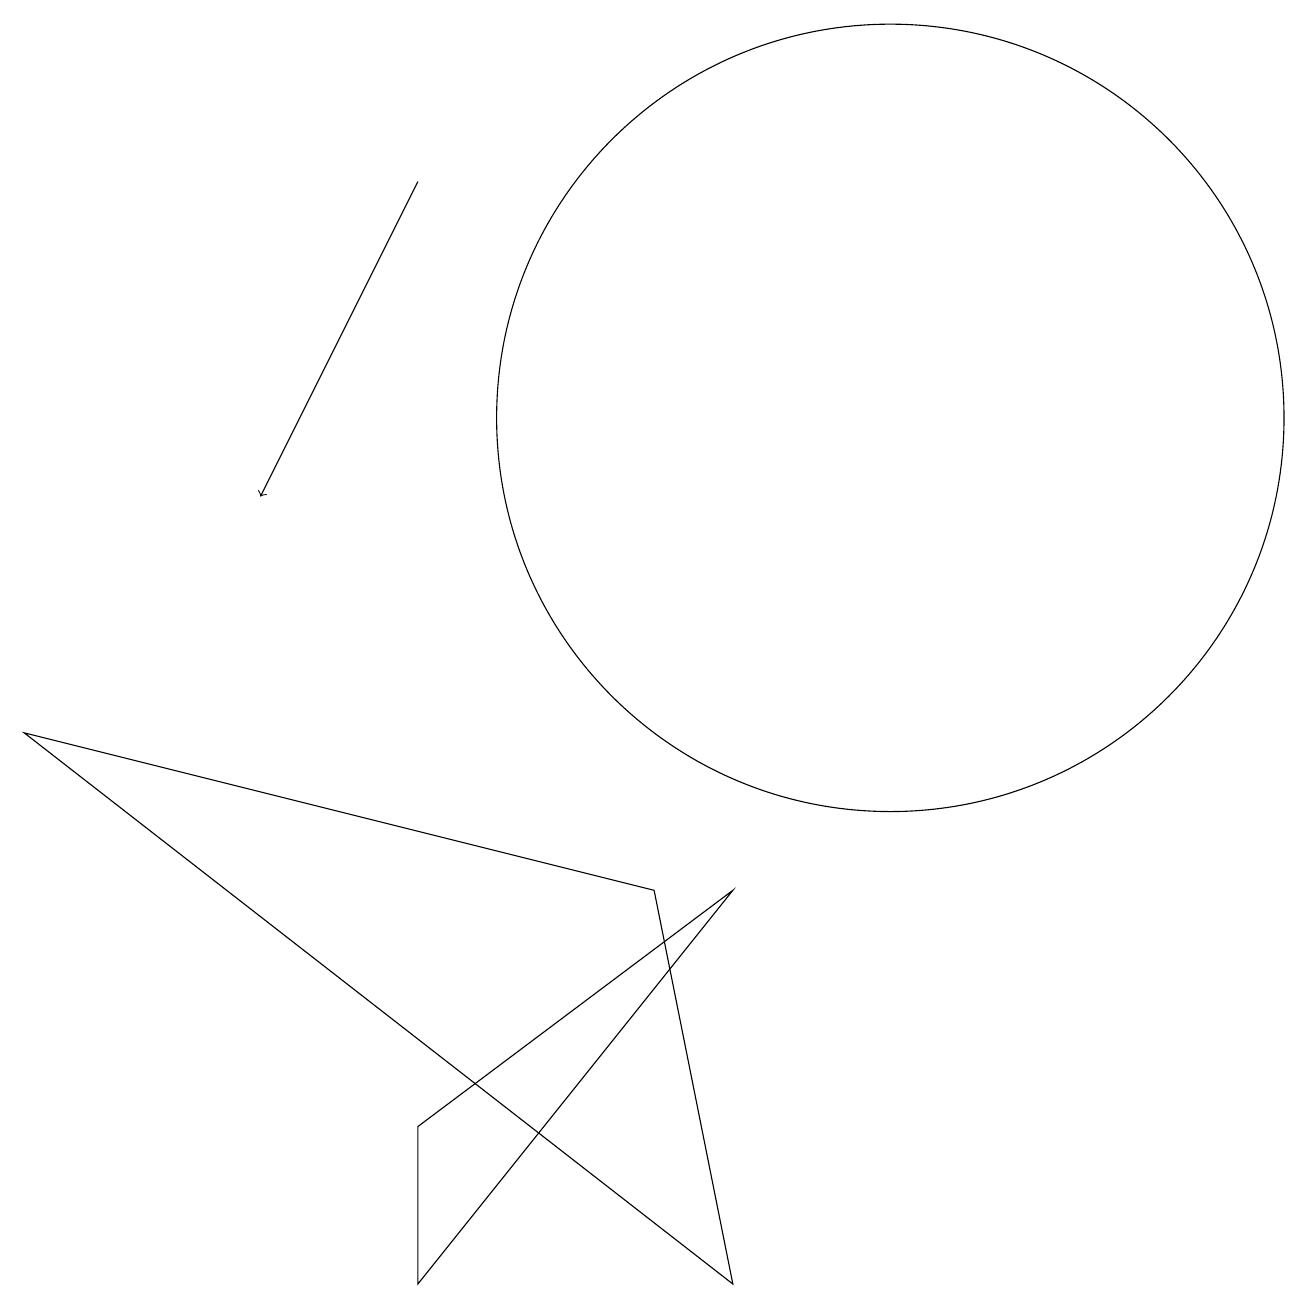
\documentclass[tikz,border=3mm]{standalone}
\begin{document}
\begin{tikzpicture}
\draw[->] (5,14) -- (3,10);
\draw (11,11) circle (5);
\draw (0,7) -- (8,5) -- (9,0) -- cycle;
\draw (9,5) -- (5,2) -- (5,0) -- cycle;
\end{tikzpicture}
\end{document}